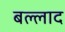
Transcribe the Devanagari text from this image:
बल्लाद